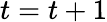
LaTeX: t=t+1